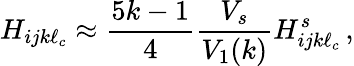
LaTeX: H_{ijk\ell_{c}}\approx\frac{5k-1}{4}\frac{V_{s}}{V_{1}(k)}H_{ijk\ell_{c}}^{s}\, ,